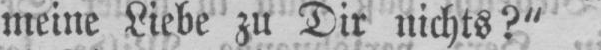
meine Liebe zu Dir nichts?“